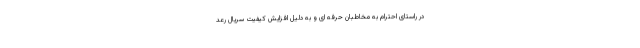
در راستای احترام به مخاطبان حرفه ای و به دلیل افزایش کیفیت سریال رعد